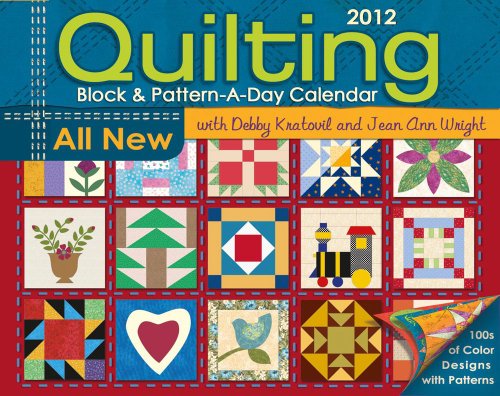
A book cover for Quilting: 2012 Day-to-Day Calendar; Accord Publishing; Calendars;